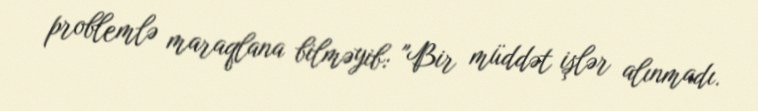
problemlə maraqlana bilməyib: "Bir müddət işlər alınmadı.